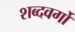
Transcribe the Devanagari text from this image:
शब्दवर्गों